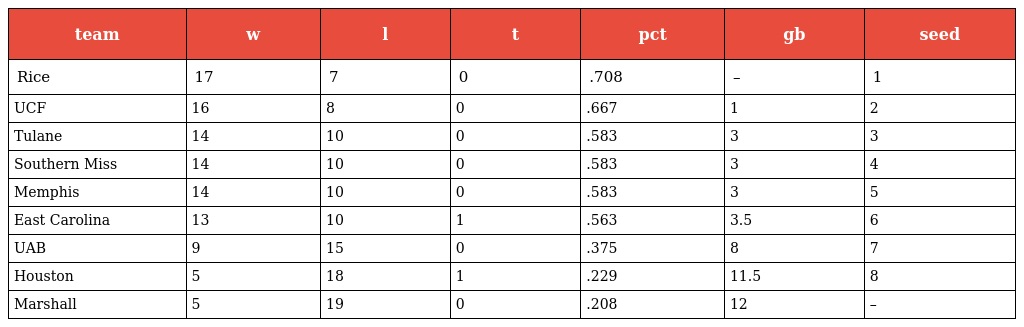
| team | w | l | t | pct | gb | seed |
 | --- | --- | --- | --- | --- | --- | --- |
 | Rice | 17 | 7 | 0 | .708 | – | 1 |
 | UCF | 16 | 8 | 0 | .667 | 1 | 2 |
 | Tulane | 14 | 10 | 0 | .583 | 3 | 3 |
 | Southern Miss | 14 | 10 | 0 | .583 | 3 | 4 |
 | Memphis | 14 | 10 | 0 | .583 | 3 | 5 |
 | East Carolina | 13 | 10 | 1 | .563 | 3.5 | 6 |
 | UAB | 9 | 15 | 0 | .375 | 8 | 7 |
 | Houston | 5 | 18 | 1 | .229 | 11.5 | 8 |
 | Marshall | 5 | 19 | 0 | .208 | 12 | – |